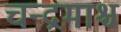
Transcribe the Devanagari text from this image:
चन्द्रमाश्च